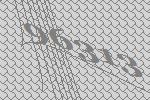
96313